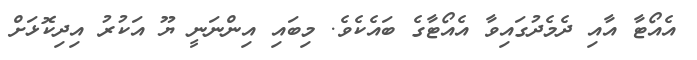
އެއޯޓާ އާއި ދެމެދުގައިވާ އެއޯޓާގެ ބައެކެވެ. މިބައި އިންނަނީ ޔޫ އަކުރު އިދިކޮޅަށް